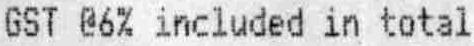
GST @6% INCLUDED IN TOTAL